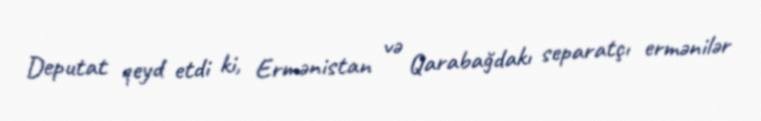
Deputat qeyd etdi ki, Ermənistan və Qarabağdakı separatçı ermənilər